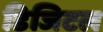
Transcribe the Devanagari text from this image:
डिजिटल